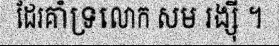
ដែរគាំទ្រលោក សម រង្ស៊ី ។